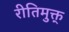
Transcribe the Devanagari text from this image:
रीतिमुक्त्